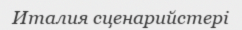
Италия сценарийстері